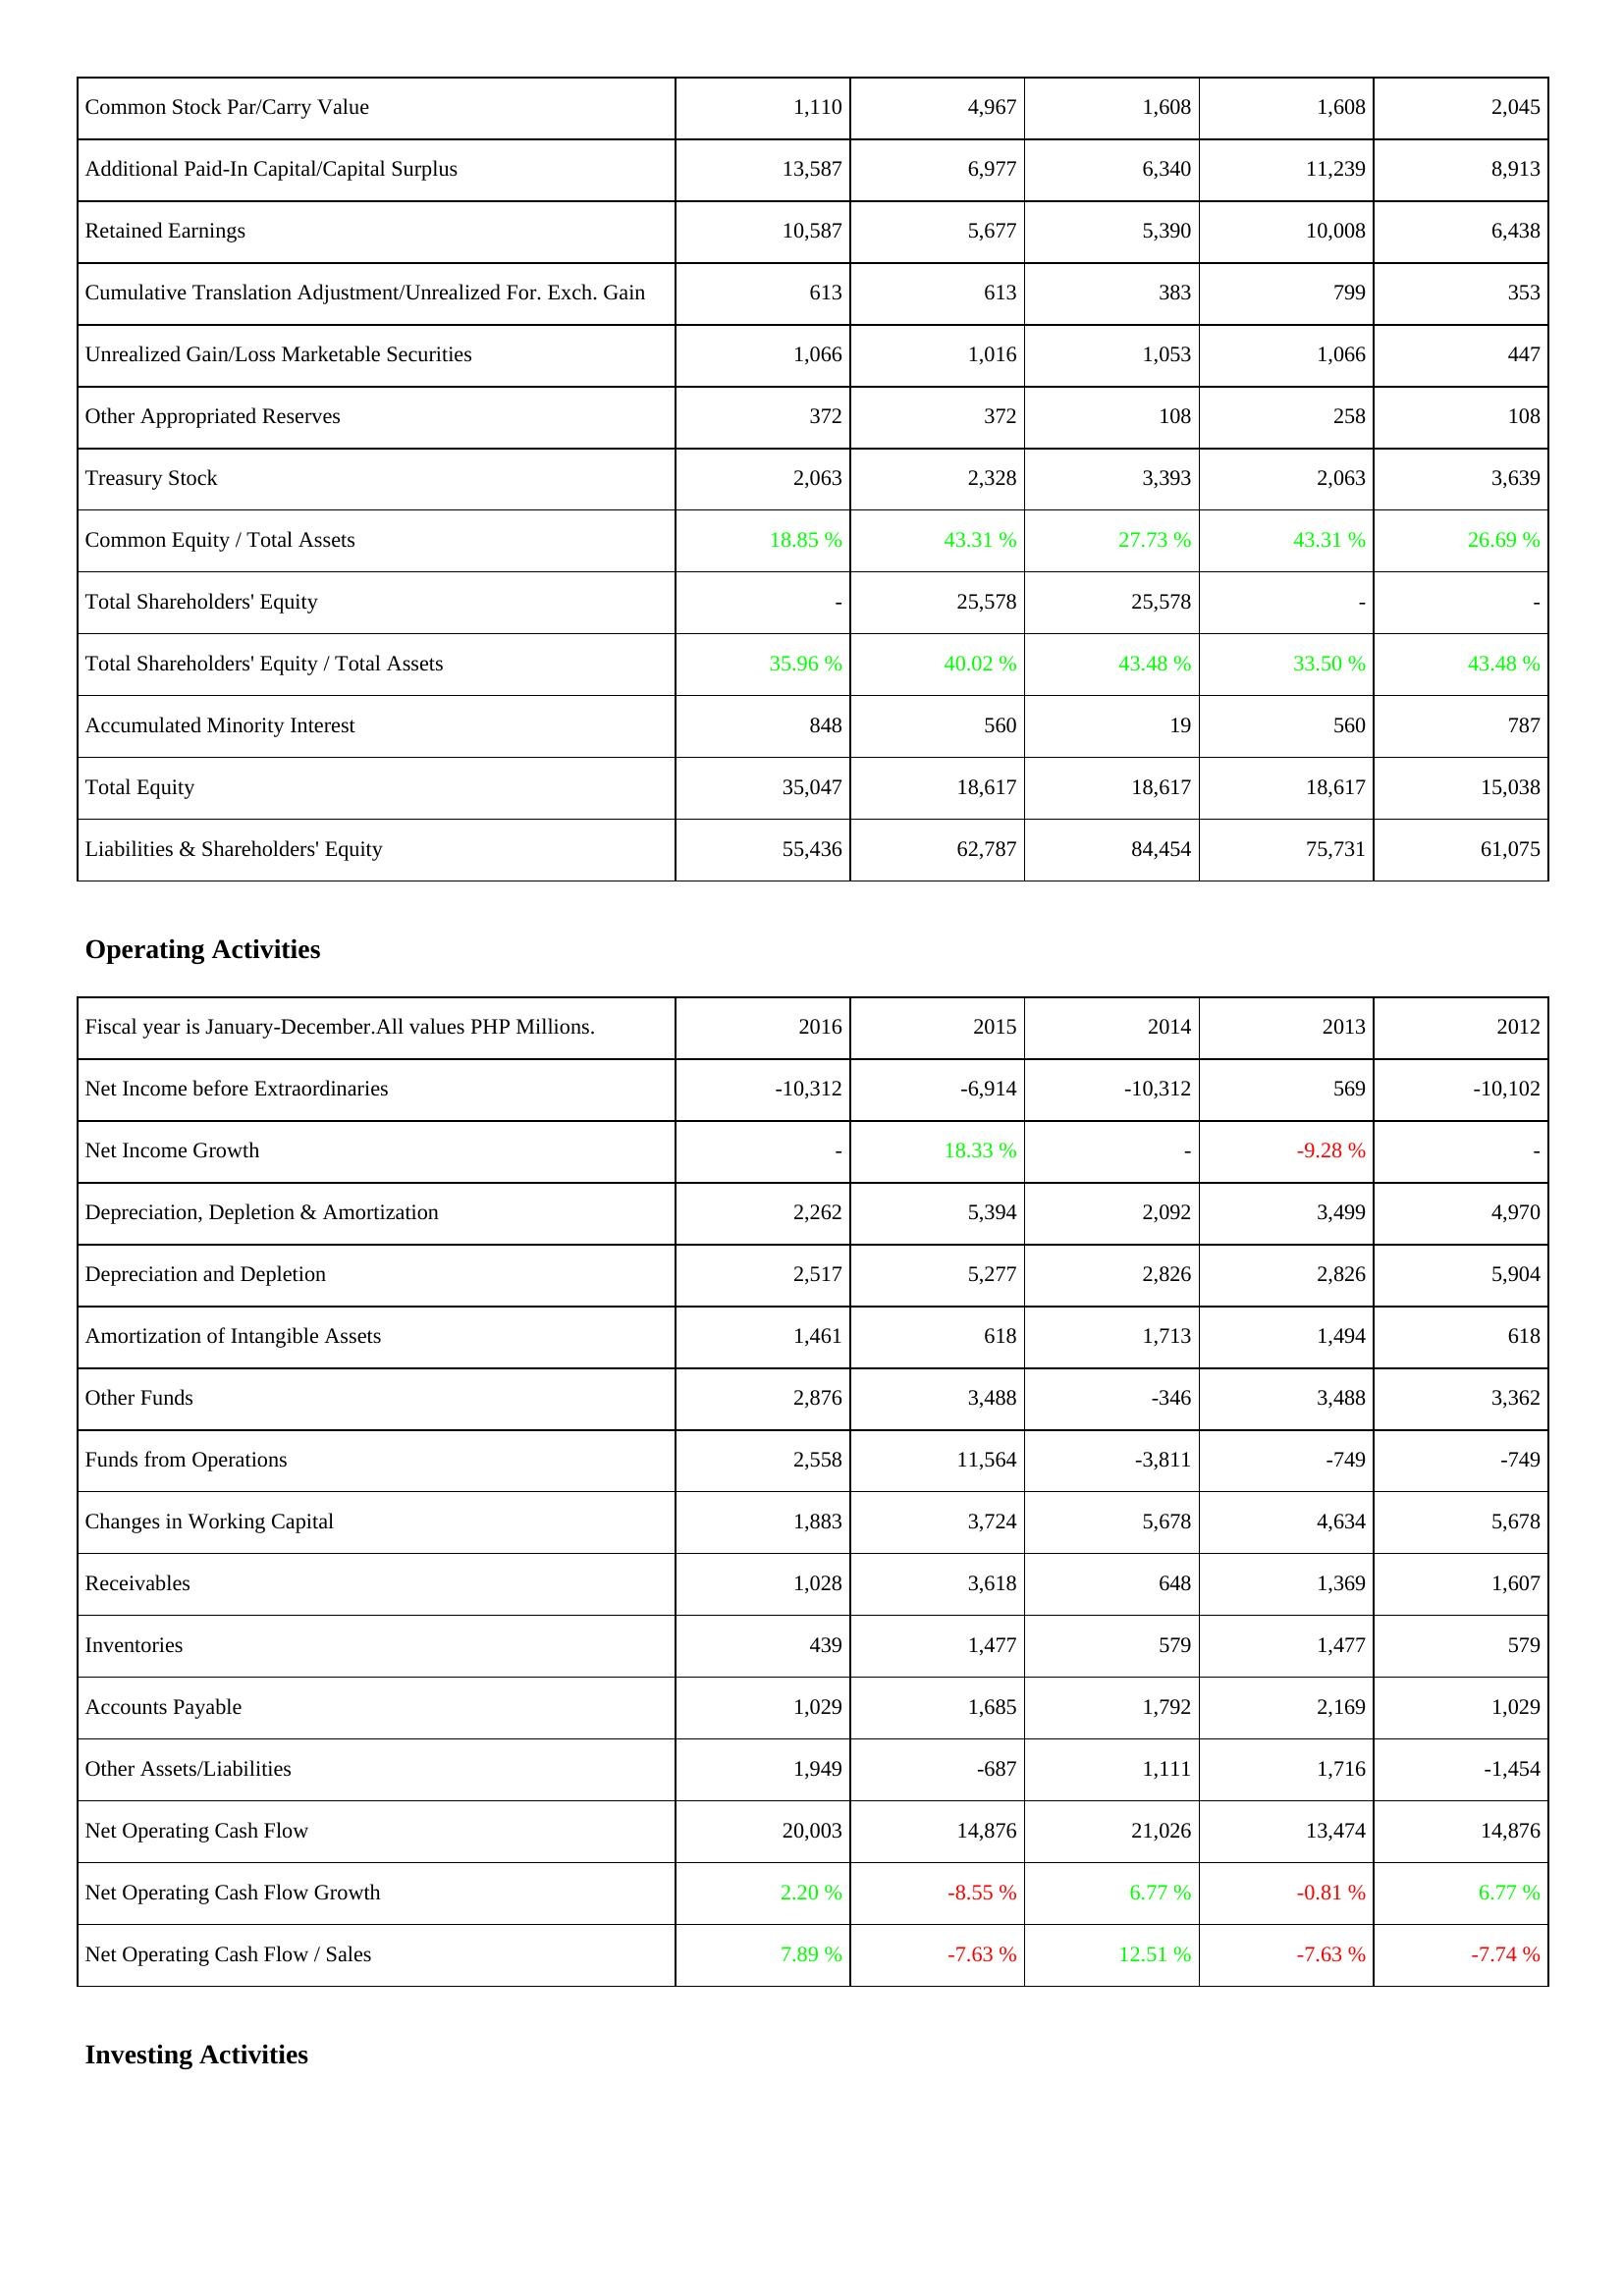
2016: Liabilities & Shareholders' Equity: Common Stock Par/Carry Value: 1,110
Additional Paid-In Capital/Capital Surplus: 13,587
Retained Earnings: 10,587
Cumulative Translation Adjustment/Unrealized For. Exch. Gain: 613
Unrealized Gain/Loss Marketable Securities: 1,066
Other Appropriated Reserves: 372
Treasury Stock: 2,063
Common Equity / Total Assets: 18.85 %
Total Shareholders' Equity: -
Total Shareholders' Equity / Total Assets: 35.96 %
Accumulated Minority Interest: 848
Total Equity: 35,047
Liabilities & Shareholders' Equity: 55,436
Operating Activities: Net Income before Extraordinaries: -10,312
Net Income Growth: -
Depreciation, Depletion & Amortization: 2,262
Depreciation and Depletion: 2,517
Amortization of Intangible Assets: 1,461
Other Funds: 2,876
Funds from Operations: 2,558
Changes in Working Capital: 1,883
Receivables: 1,028
Inventories: 439
Accounts Payable: 1,029
Other Assets/Liabilities: 1,949
Net Operating Cash Flow: 20,003
Net Operating Cash Flow Growth: 2.20 %
Net Operating Cash Flow / Sales: 7.89 %
2015: Liabilities & Shareholders' Equity: Common Stock Par/Carry Value: 4,967
Additional Paid-In Capital/Capital Surplus: 6,977
Retained Earnings: 5,677
Cumulative Translation Adjustment/Unrealized For. Exch. Gain: 613
Unrealized Gain/Loss Marketable Securities: 1,016
Other Appropriated Reserves: 372
Treasury Stock: 2,328
Common Equity / Total Assets: 43.31 %
Total Shareholders' Equity: 25,578
Total Shareholders' Equity / Total Assets: 40.02 %
Accumulated Minority Interest: 560
Total Equity: 18,617
Liabilities & Shareholders' Equity: 62,787
Operating Activities: Net Income before Extraordinaries: -6,914
Net Income Growth: 18.33 %
Depreciation, Depletion & Amortization: 5,394
Depreciation and Depletion: 5,277
Amortization of Intangible Assets: 618
Other Funds: 3,488
Funds from Operations: 11,564
Changes in Working Capital: 3,724
Receivables: 3,618
Inventories: 1,477
Accounts Payable: 1,685
Other Assets/Liabilities: -687
Net Operating Cash Flow: 14,876
Net Operating Cash Flow Growth: -8.55 %
Net Operating Cash Flow / Sales: -7.63 %
2014: Liabilities & Shareholders' Equity: Common Stock Par/Carry Value: 1,608
Additional Paid-In Capital/Capital Surplus: 6,340
Retained Earnings: 5,390
Cumulative Translation Adjustment/Unrealized For. Exch. Gain: 383
Unrealized Gain/Loss Marketable Securities: 1,053
Other Appropriated Reserves: 108
Treasury Stock: 3,393
Common Equity / Total Assets: 27.73 %
Total Shareholders' Equity: 25,578
Total Shareholders' Equity / Total Assets: 43.48 %
Accumulated Minority Interest: 19
Total Equity: 18,617
Liabilities & Shareholders' Equity: 84,454
Operating Activities: Net Income before Extraordinaries: -10,312
Net Income Growth: -
Depreciation, Depletion & Amortization: 2,092
Depreciation and Depletion: 2,826
Amortization of Intangible Assets: 1,713
Other Funds: -346
Funds from Operations: -3,811
Changes in Working Capital: 5,678
Receivables: 648
Inventories: 579
Accounts Payable: 1,792
Other Assets/Liabilities: 1,111
Net Operating Cash Flow: 21,026
Net Operating Cash Flow Growth: 6.77 %
Net Operating Cash Flow / Sales: 12.51 %
2013: Liabilities & Shareholders' Equity: Common Stock Par/Carry Value: 1,608
Additional Paid-In Capital/Capital Surplus: 11,239
Retained Earnings: 10,008
Cumulative Translation Adjustment/Unrealized For. Exch. Gain: 799
Unrealized Gain/Loss Marketable Securities: 1,066
Other Appropriated Reserves: 258
Treasury Stock: 2,063
Common Equity / Total Assets: 43.31 %
Total Shareholders' Equity: -
Total Shareholders' Equity / Total Assets: 33.50 %
Accumulated Minority Interest: 560
Total Equity: 18,617
Liabilities & Shareholders' Equity: 75,731
Operating Activities: Net Income before Extraordinaries: 569
Net Income Growth: -9.28 %
Depreciation, Depletion & Amortization: 3,499
Depreciation and Depletion: 2,826
Amortization of Intangible Assets: 1,494
Other Funds: 3,488
Funds from Operations: -749
Changes in Working Capital: 4,634
Receivables: 1,369
Inventories: 1,477
Accounts Payable: 2,169
Other Assets/Liabilities: 1,716
Net Operating Cash Flow: 13,474
Net Operating Cash Flow Growth: -0.81 %
Net Operating Cash Flow / Sales: -7.63 %
2012: Liabilities & Shareholders' Equity: Common Stock Par/Carry Value: 2,045
Additional Paid-In Capital/Capital Surplus: 8,913
Retained Earnings: 6,438
Cumulative Translation Adjustment/Unrealized For. Exch. Gain: 353
Unrealized Gain/Loss Marketable Securities: 447
Other Appropriated Reserves: 108
Treasury Stock: 3,639
Common Equity / Total Assets: 26.69 %
Total Shareholders' Equity: -
Total Shareholders' Equity / Total Assets: 43.48 %
Accumulated Minority Interest: 787
Total Equity: 15,038
Liabilities & Shareholders' Equity: 61,075
Operating Activities: Net Income before Extraordinaries: -10,102
Net Income Growth: -
Depreciation, Depletion & Amortization: 4,970
Depreciation and Depletion: 5,904
Amortization of Intangible Assets: 618
Other Funds: 3,362
Funds from Operations: -749
Changes in Working Capital: 5,678
Receivables: 1,607
Inventories: 579
Accounts Payable: 1,029
Other Assets/Liabilities: -1,454
Net Operating Cash Flow: 14,876
Net Operating Cash Flow Growth: 6.77 %
Net Operating Cash Flow / Sales: -7.74 %